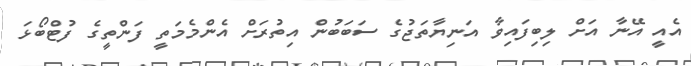
އެއީ އޭނާ އަށް ލިބިފައިވާ އަނިޔާތަޖުގެ ސަބަބުން އިތުރަށް އެންމެމަތީ ފަންތީގެ ފުޓްބޯޅަ